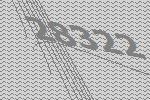
28322